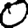
Digit: 0